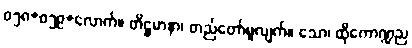
၀၅၈+၀၅၉+လောက်။ တိဋ္ဌမာနာ၊ တည်တော်မူလျက်။ သော၊ ထိုကောဏ္ဍည